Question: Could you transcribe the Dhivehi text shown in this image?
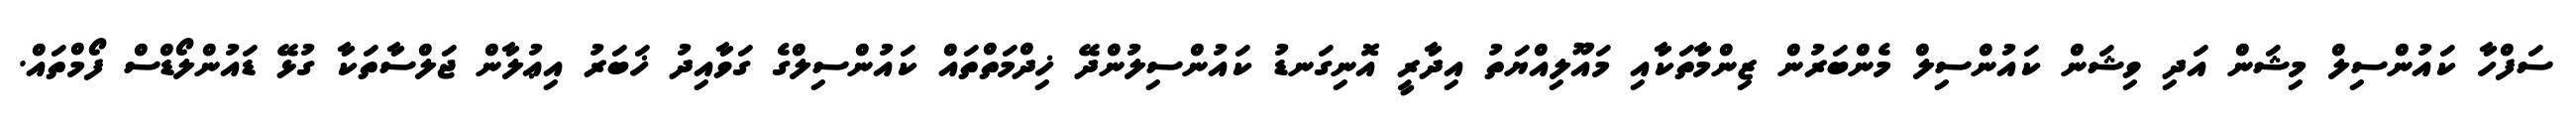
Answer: ސަފްހާ ކައުންސިލް މިޝަން އަދި ވިޝަން ކައުންސިލް މެންބަރުން ޒިންމާތަކާއި މައޫލިއްޔަތު އިދާރީ އޮނިގަނޑު ކައުންސިލުންދޭ ޚިދްމަތްތައް ކައުންސިލްގެ ގަވާއިދު ޚަބަރު އިޢުލާން ޖަލްސާތަކާ ގުޅޭ ޑައުންލޯޑްސް ފޯމްތައް.